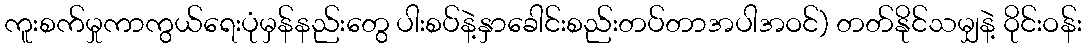
ကူးစက်မှုကာကွယ်ရေးပုံမှန်နည်းတွေ ပါးစပ်နဲ့နှာခေါင်းစည်းတပ်တာအပါအဝင်) တတ်နိုင်သမျှနဲ့ ဝိုင်းဝန်း